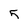
Character: 5